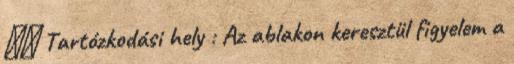
▪▪ Tartózkodási hely : Az ablakon keresztül figyelem a